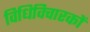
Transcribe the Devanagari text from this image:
विधिविचारकों